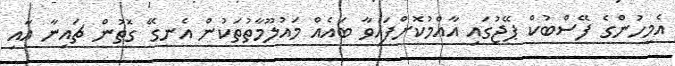
އެމީހުންގެ ފޭސްބުކް ޕޭޖުގައި އާއްމުކޮށްފައިވާ ބައެއް މައުލޫމާތުތަކުން އެނގޭ ގޮތުން ޗައިނާ އާއި